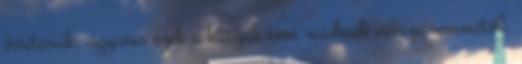
óvatosak, ugyanis ezek a kutyák nem riadnak vissza semmitől.